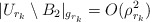
\begin{align*} |U_{r_k} \setminus B_2|_{g_{r_k}} =O(\rho_{r_k}^2) \end{align*}